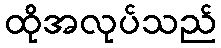
ထိုအလုပ်သည်